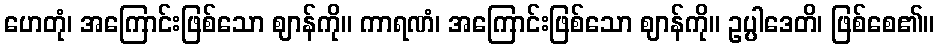
ဟေတုံ၊ အကြောင်းဖြစ်သော ဈာန်ကို။ ကာရဏံ၊ အကြောင်းဖြစ်သော ဈာန်ကို။ ဥပ္ပါဒေတိ၊ ဖြစ်စေ၏။